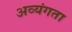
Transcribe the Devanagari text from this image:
अव्यंगता